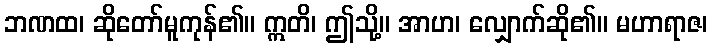
ဘဏထ၊ ဆိုတော်မူကုန်၏။ ဣတိ၊ ဤသို့။ အာဟ၊ လျှောက်ဆို၏။ မဟာရာဇ၊